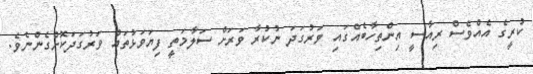
ކުރީގެ އެއްވެސް ރިއާސީ އިންތިހާބެއްގައި ވަރުގަދަ ނުކުރާ ވަރަށް ސަލާމަތީ ފިޔަވަޅުތައް ވަރުގަދަކޮށްގެންނެވެ.